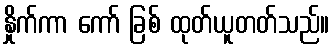
နှိုက်ကာ ကော် ခြစ် ထုတ်ယူတတ်သည်။